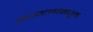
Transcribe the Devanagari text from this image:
अंधनालामधून